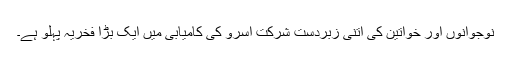
نوجوانوں اور خواتین کی اتنی زبردست شرکت اسرو کی کامیابی میں ایک بڑا فخریہ پہلو ہے۔